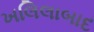
ખલિલાબાદ